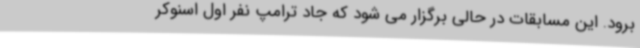
برود. این مسابقات در حالی برگزار می شود که جاد ترامپ نفر اول اسنوکر